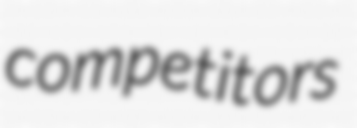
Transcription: competitors